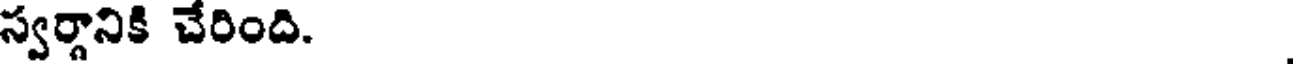
స్వర్గానికి చేరింది.